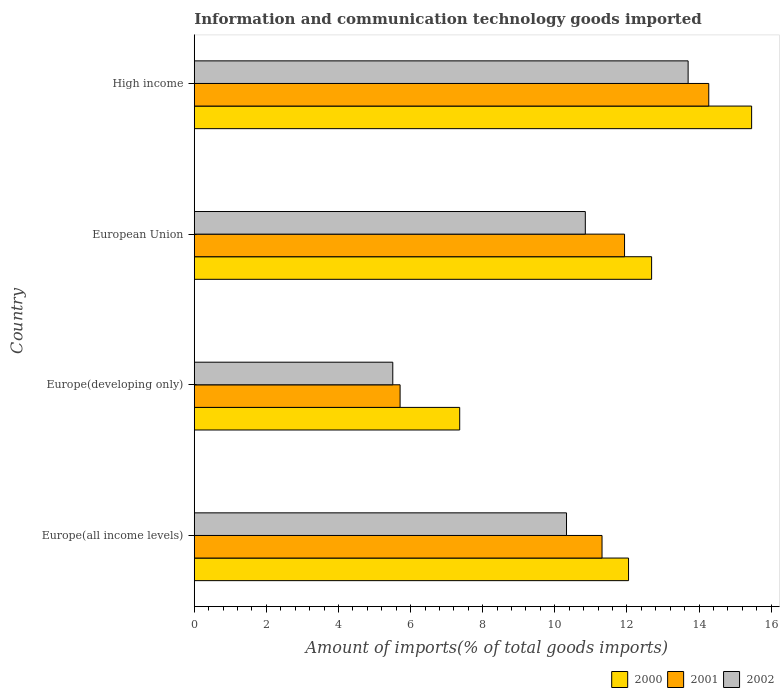
| Country | 2000 | 2001 | 2002 |
 | --- | --- | --- | --- |
 | Europe(all income levels) | 12 | 11.3 | 10.3 |
 | Europe(developing only) | 7.36 | 5.71 | 5.51 |
 | European Union | 12.7 | 11.9 | 10.8 |
 | High income | 15.5 | 14.3 | 13.7 |